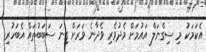
އެކަމަކު މި ސިގްނަލް އައުމަށް މެދުވެރި ވެދާނެ ވަރަށް ގިނަ ސަބަބުތައް އެބަހުރި.